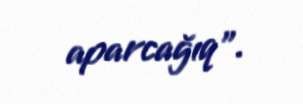
aparcağıq".